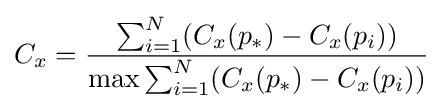
C_{x}={\frac {\sum _{i=1}^{N}(C_{x}(p_{*})-C_{x}(p_{i}))}{\max \sum _{i=1}^{N}(C_{x}(p_{*})-C_{x}(p_{i}))}}